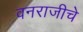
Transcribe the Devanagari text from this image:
वनराजीचे